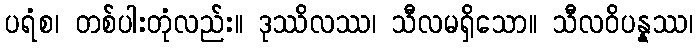
ပရံစ၊ တစ်ပါးတုံလည်း။ ဒုဿိလဿ၊ သီလမရှိသော။ သီလဝိပန္နဿ၊